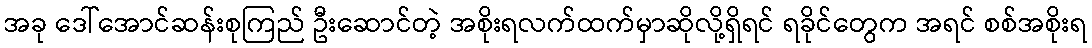
အခု ဒေါ်အောင်ဆန်းစုကြည် ဦးဆောင်တဲ့ အစိုးရလက်ထက်မှာဆိုလို့ရှိရင် ရခိုင်တွေက အရင် စစ်အစိုးရ